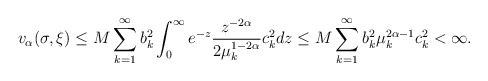
\begin{align*}v_{\alpha}(\sigma,\xi) \leq M \sum_{k=1}^{\infty} b_k^2 \int_0^{\infty} e^{-z}\dfrac{z^{-2\alpha}}{2\mu_k^{1-2\alpha}} c_k^2 dz \leq M \sum_{k=1}^{\infty} b_k^2 \mu_k^{2\alpha -1}c_k^2 < \infty.\end{align*}